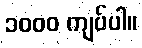
၁၀၀၀ ကျပ်ပါ။